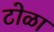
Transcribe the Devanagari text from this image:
टोळा